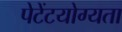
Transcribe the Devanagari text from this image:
पेटेंटयोग्यता